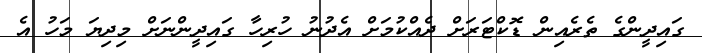
ގައިދީންގެ ތެރެއިން ޑޮކްޓަރަށް ދެއްކުމަށް އެދުނު ހުރިހާ ގައިދީންނަށް މިދިޔަ މަހު އެ